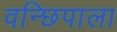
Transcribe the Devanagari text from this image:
वन्छिपाला